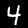
Label: 4